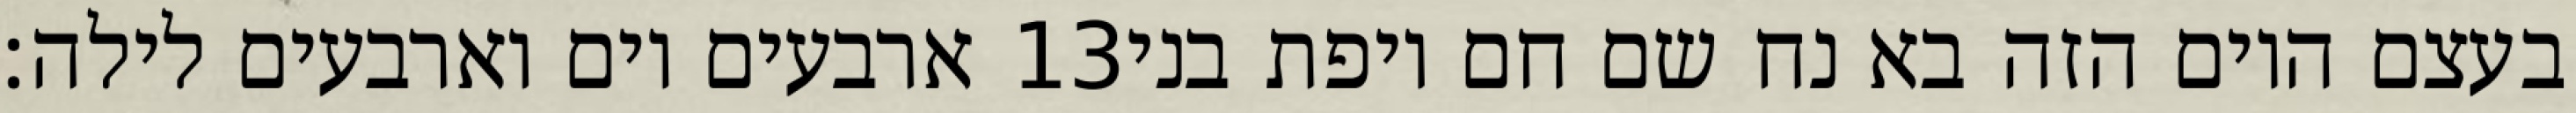
ארבעים יום וארבעים לילה׃ ‎13‏ בעצם היום הזה בא נח שם חם ויפת בני